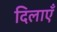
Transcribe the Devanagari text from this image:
दिलाएँ